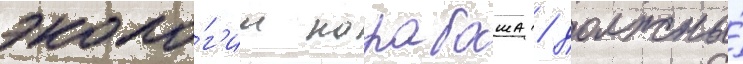
эколо́г'ии карабаша / должны́